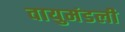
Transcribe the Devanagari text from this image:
वायुमंडली